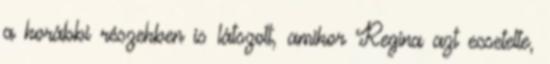
a korábbi részekben is látszott, amikor Regina azt ecsetelte,